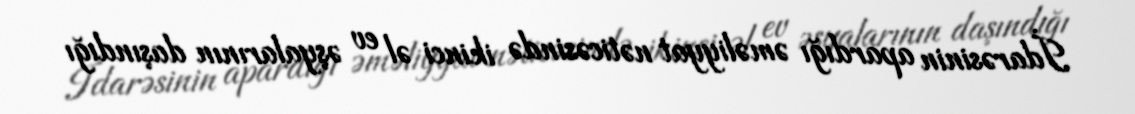
İdarəsinin apardığı əməliyyat nəticəsində ikinci əl ev əşyalarının daşındığı